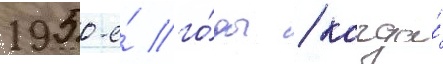
1950-е́ го́ды / когда́